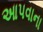
આપવાના